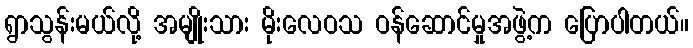
ရွာသွန်းမယ်လို့ အမျိုးသား မိုးလေဝသ ဝန်ဆောင်မှုအဖွဲ့က ပြောပါတယ်။